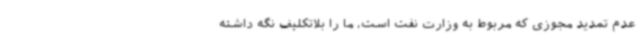
عدم تمدید مجوزی که مربوط به وزارت نفت است، ما را بلاتکلیف نگه داشته